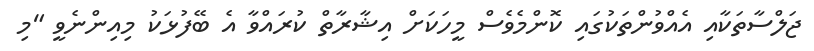
ޖަލްސާތަކާއި އެއްވުންތަކުގައި ކޮންމެވެސް މީހަކަށް އިޝާރާތް ކުރައްވާ އެ ބޭފުޅަކު މިއިންނެވީ "މި